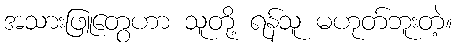
အသားဖြူတွေဟာ သူတို့ ရန်သူ မဟုတ်ဘူးတဲ့။